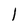
Character: l